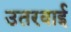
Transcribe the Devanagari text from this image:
उतरवाई